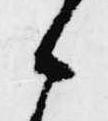
候